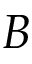
B